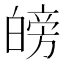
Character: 𱱼